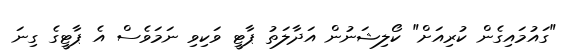
"ގައުމައިގެން ކުރިއަށް" ކޯލިޝަނުން އަދާލަތު ޕާޓީ ވަކިވި ނަމަވެސް އެ ޕާޓީގެ ގިނަ